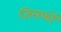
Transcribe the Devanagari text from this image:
जिराफों